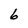
Character: 6